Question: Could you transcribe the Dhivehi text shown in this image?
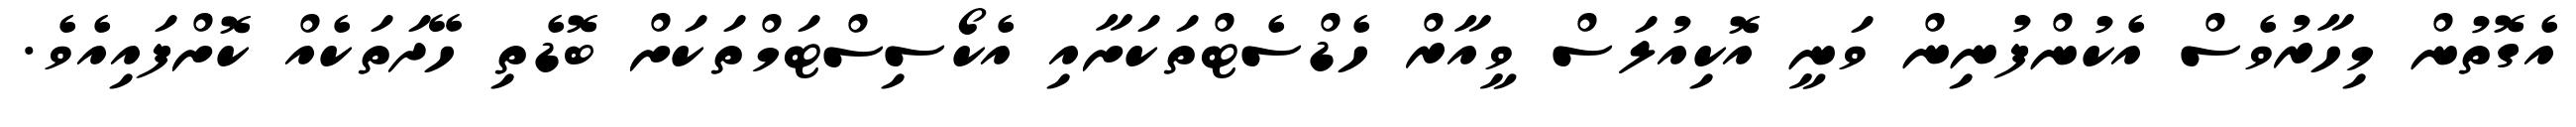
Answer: އެގޮތުން މިހާރުވެސް އެކުންފުނިން ވަނީ އޮކިއުލަސް ވީއާރް ހެޑްސެޓްތަކަށާއި އެކޯސިސްޓަމްތަކަށް ބޮޑެތި ހޭދަތަކެއް ކޮށްފައިއެވެ.